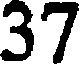
37